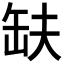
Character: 𮉱